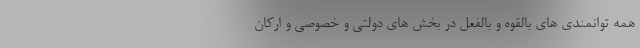
همه توانمندی های بالقوه و بالفعل در بخش های دولتی و خصوصی و ارکان